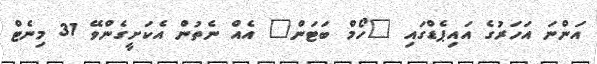
އަންނަ އަހަރުގެ އައިޕެޑްގައި "ހޯމް ބަޓަން" އެއް ނެތުން އެކަށީގެންވޭ 31 މިނެޓް